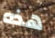
هذه